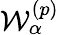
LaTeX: {\mathcal W}_{\alpha}^{(p)}